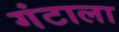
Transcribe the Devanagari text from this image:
गंटाला